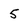
Character: 5